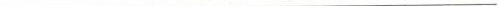
___